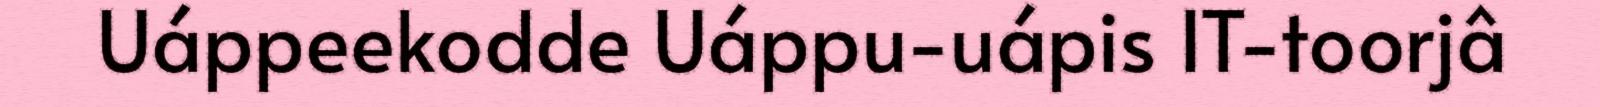
Uáppeekodde Uáppu-uápis IT-toorjâ